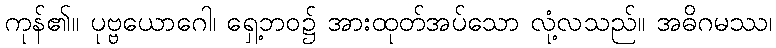
ကုန်၏။ ပုဗ္ဗယောဂေါ၊ ရှေ့ဘဝ၌ အားထုတ်အပ်သော လုံ့လသည်။ အဓိဂမဿ၊